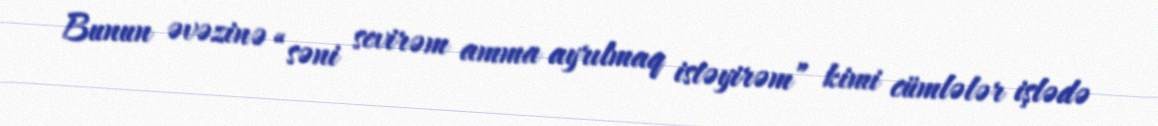
Bunun əvəzinə “səni sevirəm amma ayrılmaq istəyirəm” kimi cümlələr işlədə